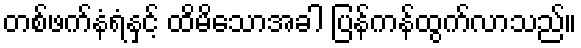
တစ်ဖက်နံရံနှင့် ထိမိသောအခါ ပြန်ကန်ထွက်လာသည်။